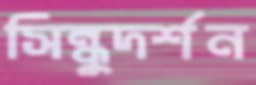
সিন্ধুদর্শন